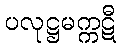
ပလုဋ္ဌမက္ကဋီ